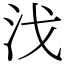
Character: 㳀